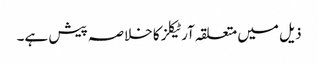
ذیل میں متعلقہ آرٹیکلز کا خلاصہ پیش ہے۔